Annual administration report of the Civil Veterinary Department of India - 1898-1899
Year: 1898
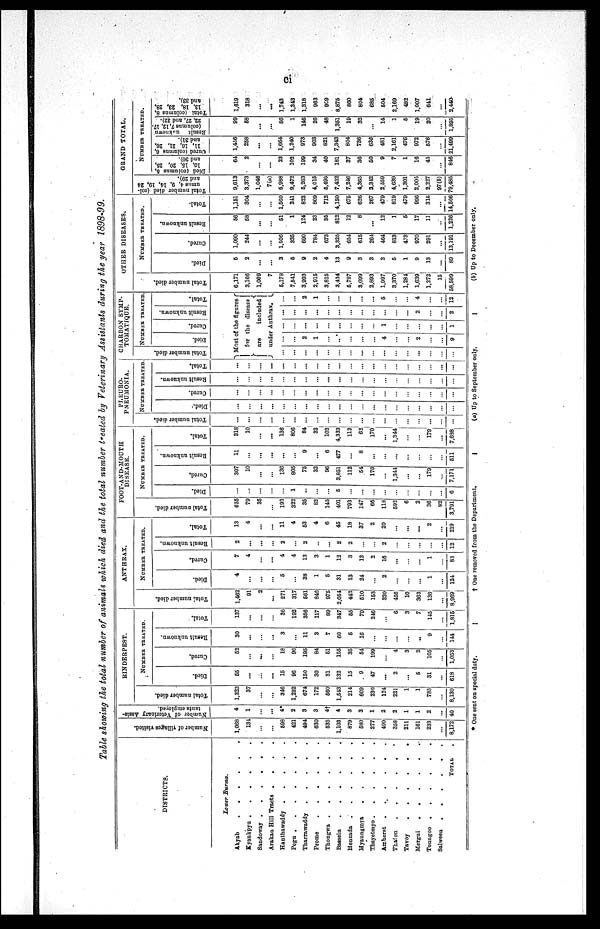
ci
Table showing the total number of animals which died and the total number treated by Veterinary Assistants during the year 1898-99.
DISTRICTS.
Lower Burma.
Akyab
.
.
.
.
.
.
Kyaukpyu
.
.
.
.
.
.
Saudoway .
.
.
.
.
.
Arakan Hill Tracts .
.
.
.
Hanthawaddy
.
.
.
.
.
Pegu
.
.
.
.
.
.
.
Tharrawaddy
.
.
.
.
.
Promo
.
.
.
.
.
.
Thongwa
.
.
.
.
.
Bassein
.
.
.
.
.
.
Henzada
.
.
.
.
.
.
Myaungmya
.
.
.
.
.
Thayetmyo .
.
.
.
.
.
Amberst
.
.
.
. . .
Thafon
.
.
.
.
.
.
Tavoy
.
.
.
.
.
.
Mergui
.
.
.
.
.
.
Toungoo
.
.
.
.
.
.
Salween
.
.
.
.
.
.
TOTAL .
Number of villages visited.
1,068
134
...
...
693
421
494
630
635
1,103
879
580
277
490
358
211
161
233
...
8,172
Number of Veterinary Assis-
tants employed.
4
1
...
...
4*
2
3
3
4†
4
3
3
1
2
2
1
1
2
...
40
RINDERPEST.
Total Number died.
1,323
37
...
...
340
1,292
674
172
660
1,543
214
609
230
124
221
1
1
783
...
8,130
NUMBER TREATED.
55
...
...
...
15
96
150
30
31
132
15
9
47
...
2
...
6
31
...
618
Cured.
62
...
...
...
18
96
195
84
61
155
35
54
199
...
4
3
2
105
...
1,053
Result unknown.
30
...
...
...
3
...
11
3
7
60
5
16
...
...
...
...
..
9
...
141
Total.
137
...
...
...
36
192
356
117
89
347
55
79
246
...
6
3
7
145
...
1,815
ANTHRAX.
Total number died.
1,462
91
2
...
271
317
561
846
975
2,054
442
510
153
320
456
10
363
136
...
8,969
NUMBER TREATED.
Died.
4
...
...
...
5
...
33
1
5
31
13
24
...
2
...
...
...
1
...
124
Cured.
7
4
...
...
4
4
13
3
1
13
3
13
2
16
...
...
...
1
...
83
Result unknown.
2
...
...
...
2
...
2
..
...
2
2
...
...
2
...
...
...
...
...
12
Total.
13
4
...
...
11
4
53
4
6
45
18
37
2
20
...
...
...
2
...
219
FOOT-AND-MOUTH
DISEASE.
Total number died.
655
79
35
...
193
322
35
82
145
401
793
147
66
118
592
6
2
36
82
3,791
NUMBER TREATED.
Died.
...
...
...
...
1
...
...
...
6
...
...
...
...
...
...
...
...
...
6
Cured.
307
10
...
...
130
805
75
32
96
3,851
112
54
170
...
1,341
...
...
179
...
7,171
Result unknown.
11
...
...
...
...
...
9
...
6
477
...
8
...
...
...
...
...
...
...
511
Total.
318
10
...
...
136
806
84
32
102
4,333
112
63
170
...
1,344
...
...
179
...
7,638
PLEURO-
PNEUMONIA.
Total number died.
...
...
...
...
...
...
...
...
...
...
...
...
...
...
...
...
...
...
...
...
NUMBER TREATED.
Died.
...
...
...
...
...
...
...
...
...
...
...
...
...
...
...
...
...
...
...
...
Cured.
...
...
...
...
...
...
...
...
...
...
...
...
...
...
...
...
...
...
...
Result unknown.
...
...
...
...
...
...
...
...
...
...
...
...
...
...
...
...
...
...
...
...
Total.
...
...
....
...
...
...
...
...
...
...
...
...
...
...
...
...
...
...
...
...
CHARBON SYMP-
TOMATIQUE.
Total number died.
NUMBER TREATED.
Died.
Cured.
Result unknown.
Total.
Most of the figures
for the
disease
are
included
under Anthrax.
...
...
...
...
...
...
...
...
...
...
...
...
...
...
...
...
...
...
2
1
...
...
...
...
...
4
...
...
2
...
...
9
...
...
...
...
...
...
...
...
...
1
...
...
...
...
1
...
...
...
...
...
...
...
...
...
...
...
...
2
...
...
2
...
...
2
1
...
...
...
...
...
5
...
...
4
...
...
12
OTHER DISEASES.
Total number died.
6,171
3,166
1,009
7
6,178
7,541
3,993
2,915
3,815
3,434
6,797
3,099
2,893
1,997
3,370
1,284
1,639
1,272
15
58,599
NUMBER TREATED.
Died.
5
2
...
...
3
6
9
2
4
13
9
3
3
3
5
1
9
13
...
89
Died.
1,090
244
...
...
1,506
335
690
784
673
3,325
654
615
264
464
813
473
970
291
...
13,191
Result unknown.
56
58
...
...
51
1
124
23
35
812
12
8
...
12
1
5
17
11
...
1,226
Total.
1,151
304
...
...
1,560
341
823
809
712
4,150
675
626
267
479
819
479
996
315
...
14,506
GRAND TOTAL.
Tot al number died (col-
umns 4, 9, 14, 19, 24
and 29).
9,613
3.373
1,046
7(a)
5,988
0,472
5,263
4,015
5,495
7,432
7,246
4,365
3,342
2.659
4,639
1,301
2,005
2,227
97(b)
79,485
NUMBER TREATED.
Died (columns 5,
10, 15, 20, 25,
and 30).
64
2
...
...
23
102
199
34
40
181
37
36
60
9
7
1
16
45
...
846
Cured (columns 6,
11, 16, 21, 26,
and 31).
1,456
258
...
...
1,664
1,240
973
903
821
7,343
804
736
636
481
2,161
476
972
576
...
21,499
Result
unknown
(columns 7, 12, 17.
22, 27. and 32).
99
58
...
...
66
1
146
26
48
1,351
19
32
...
14
I
5
19
20
...
1,895
Total (columns 8,
13, 18, 23, 28,
and 33).
1,619
318
...
...
1,743
1,343
1,318
963
909
8,875
860
804
685
504
2,169
482
1,007
641
...
2,440
* One sent on special duty.
†
One removed from the Department.
(a) Up to September only.
(b) Up to December only.